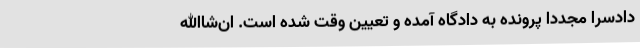
دادسرا مجددا پرونده به دادگاه آمده و تعیین وقت شده است. ان‌شاالله